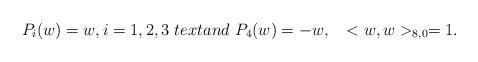
LaTeX: \begin{align*}P_{i}(w)=w, i=1,2,3~text{and}~P_{4}(w)=-w,~~<w,w>_{8,0}=1.\end{align*}